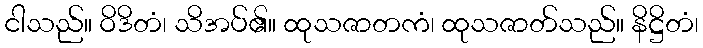
ငါသည်။ ဝိဒိတံ၊ သိအပ်၏။ ထုသဇာတကံ၊ ထုသဇာတ်သည်။ နိဋ္ဌိတံ၊